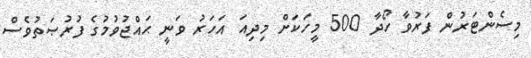
މިސެންޓަރުން ފަރުވާ ހޯދާ 500 މީހަކަށް މިިދިއަ އަހަރު ވަނީ ޙައްޖުވުމުގެ ފުރުޞަތުވެސް